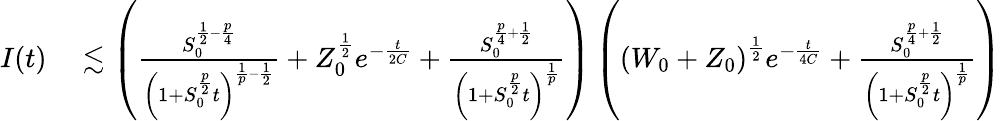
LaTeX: \begin{array}{rl}{I(t)}&{{}\lesssim\left(\frac{S_{0}^{\frac{1}{2}-\frac{p}{4}}}{\left(1+S_{0}^{\frac{p}{2}}t\right)^{\frac{1}{p}-\frac{1}{2}}}+Z_{0}^{\frac{1}{2}}e^{-\frac{t}{2C}}+\frac{S_{0}^{\frac{p}{4}+\frac{1}{2}}}{\left(1+S_{0}^{\frac{p}{2}}t\right)^{\frac{1}{p}}}\right)\left(\left(W_{0}+Z_{0}\right)^{\frac{1}{2}}e^{-\frac{t}{4C}}+\frac{S_{0}^{\frac{p}{4}+\frac{1}{2}}}{\left(1+S_{0}^{\frac{p}{2}}t\right)^{\frac{1}{p}}}\right)}\end{array}